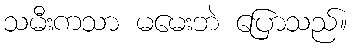
သမီးကသာ မမေးဘဲ ပြောသည်။